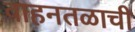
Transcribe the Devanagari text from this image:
वाहनतळाची